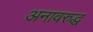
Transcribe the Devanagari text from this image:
अनावरुद्ध